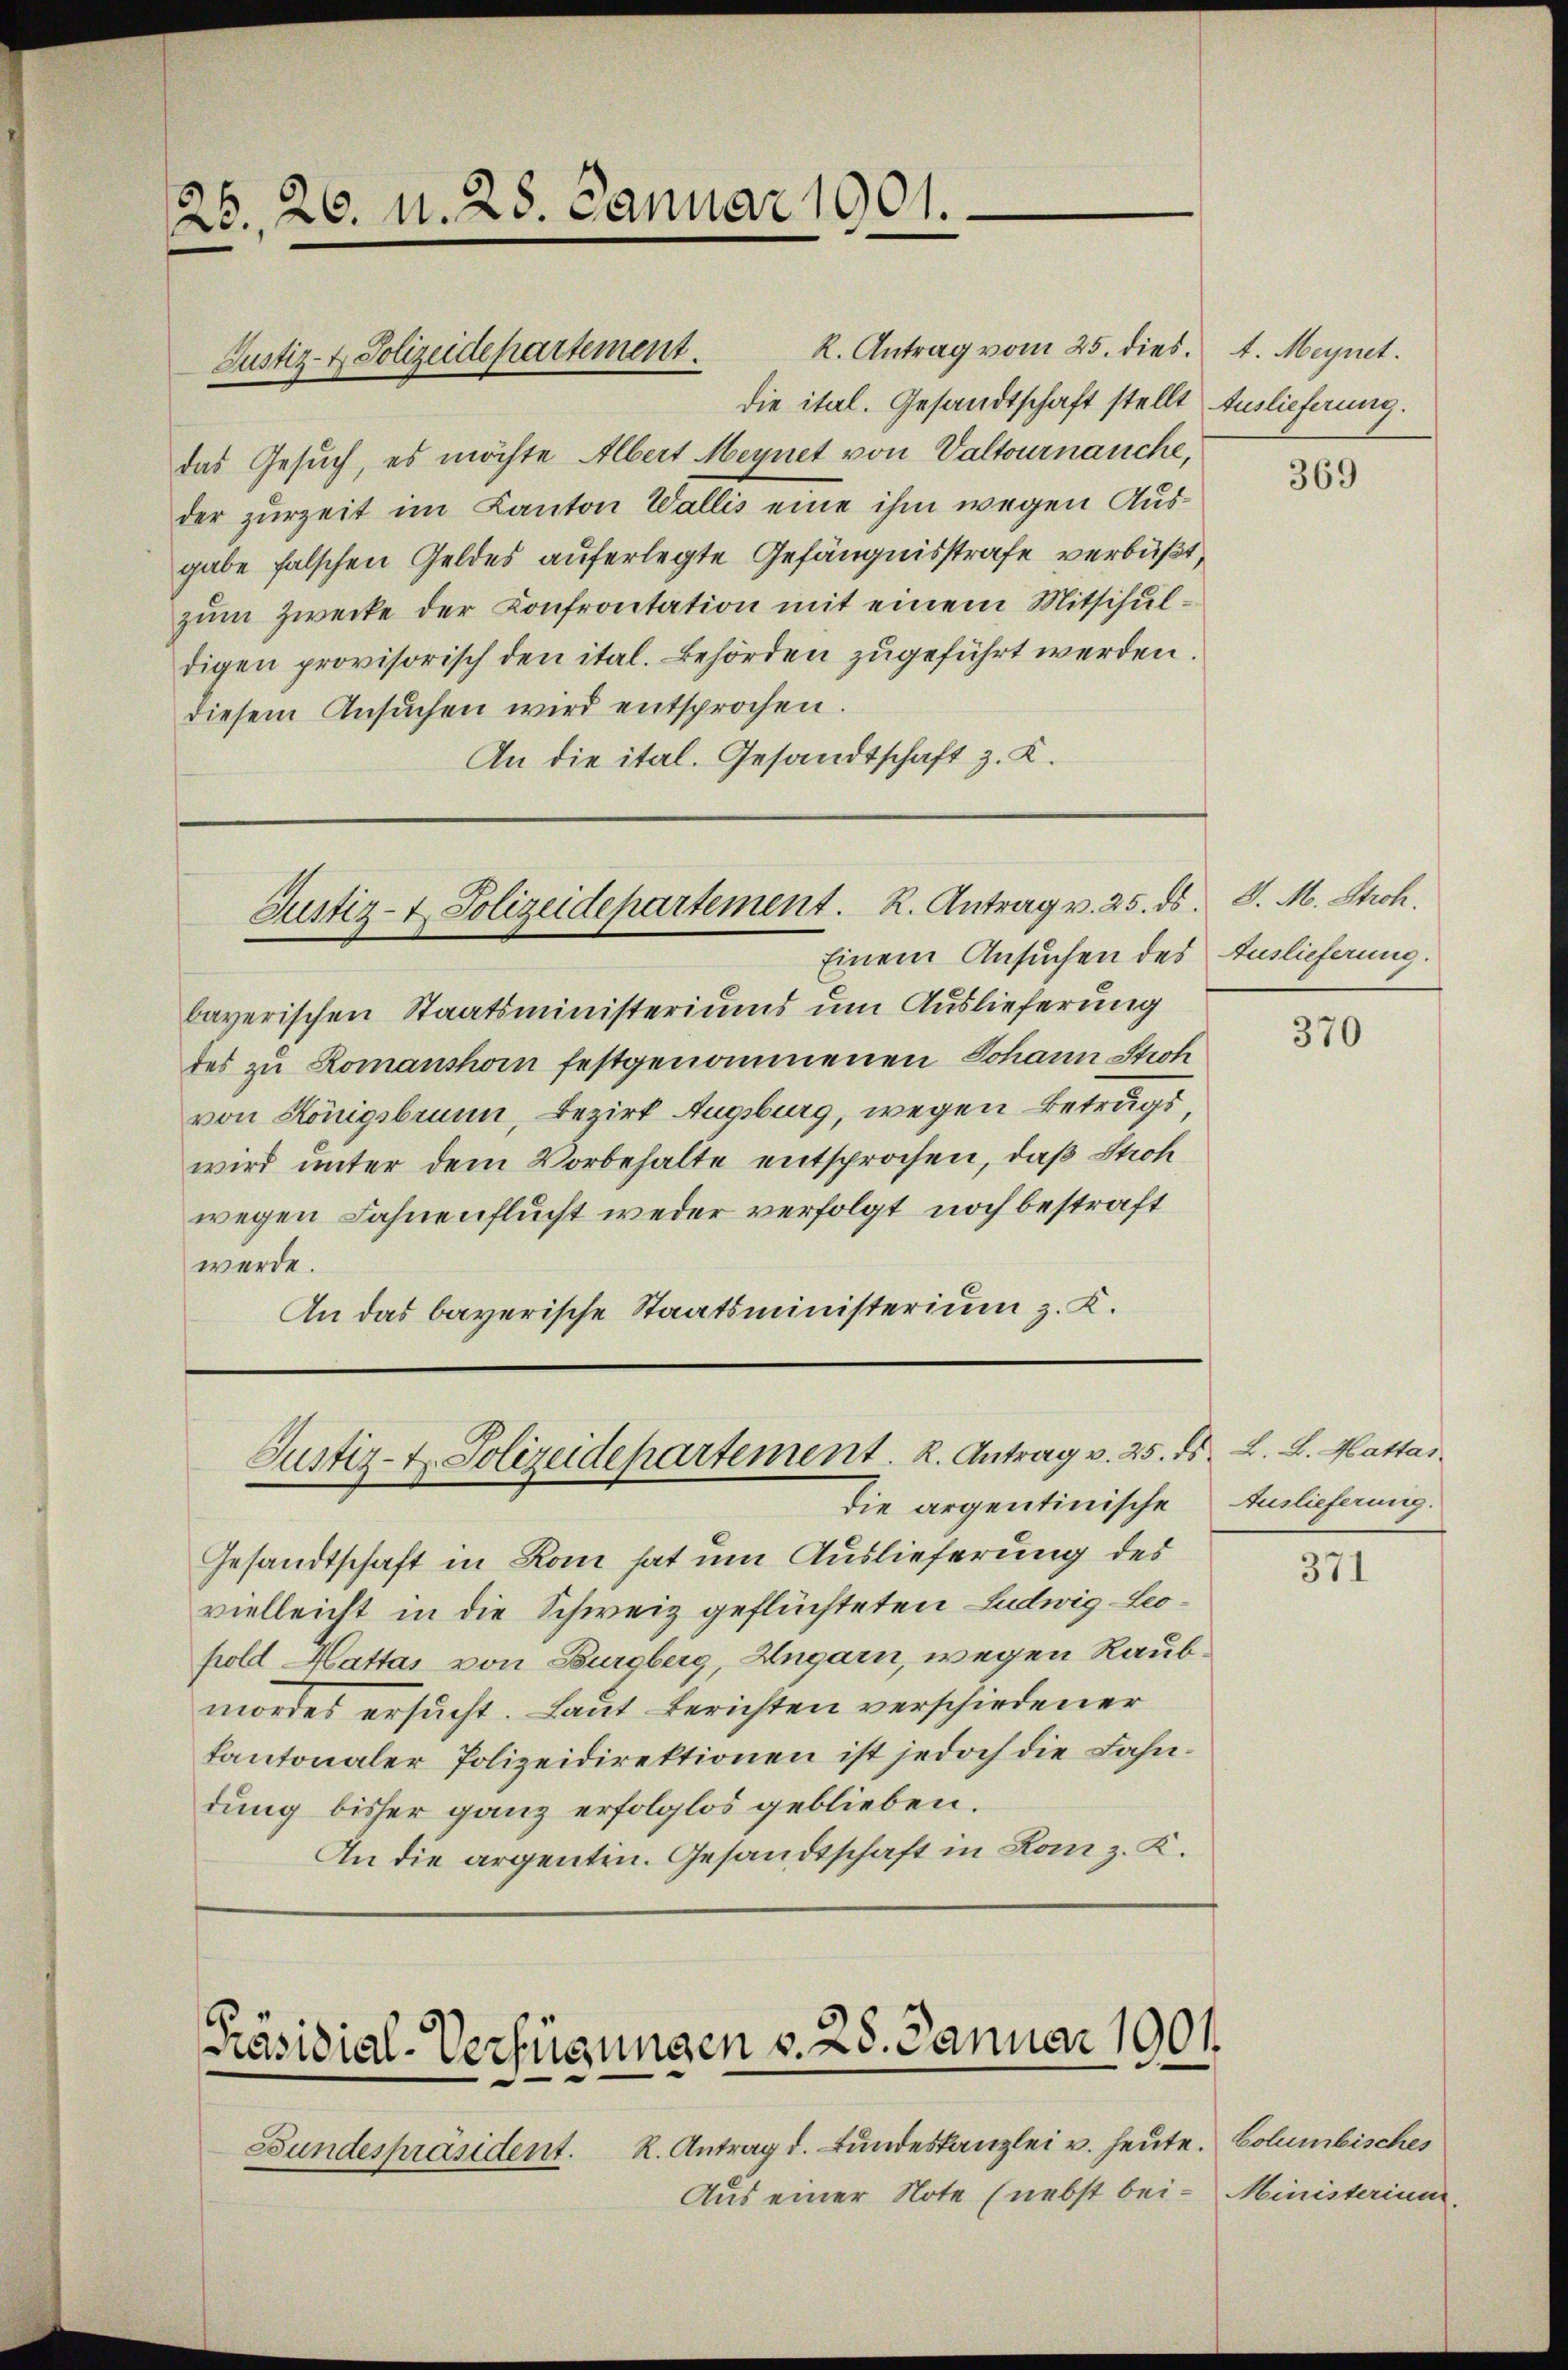
26., 26. N. 28. Januar 1901.

R. Antrag vom 25. dies
die ital. Gesandtschaft stellt Auslieferung.
das Gesuch, es möchte Albert Meynet von Valtournauche,
der zurzeit im Kanton Wallis eine ihm wegen Ausgabe falschen Geldes auferlegte Gefängnisstrafe verbüßt,
zum Zwecke der Confrontation mit einem Mitschuldigen provisorisch den ital. Behörden zugeführt werden.
diesem Ansŭchen wird entsprochen.
An die ital. Gesandtschaft z. K.

Justiz- & Polizeidepartement.

Einem Ansuchen des Auslieferung.
bayerischen Staatsministeriums um Auslieferung
des zu Romanshorn festgenommenen Johann Stroh
von Königsbrunn, Bezirk Augsburg, wegen Betragswird unter dem Vorbehalte entsprochen, daß Stroh
wegen Fahnenflucht weder verfolgt noch bestraft
werde.
An das bayerische Staatsministerium z. K.

Justiz- & Polizeidepartement. R. Antrag v. 25. ds.

Justiz- u. Polizeidepartement. R. Antrag v. 25. ds. L. L. Hattas
die argentinische Auslieferung.

Gesandtschaft in Rom hat um Auslieferung des
vielleicht in die Schweiz geflüchteten Ludwig Leopold Mattas von Burgberg, Angarn, wegen Raubmordes ersucht. Laut Berichten verschiedener
kantonaler Polizeidirektionen ist jedoch die Fahndung bisher ganz erfolglos geblieben.
An die argentin. Gesandtschaft in Kanz. K.

Präsidial-Verfügungen v. 28. Januar 1901.

Bundespräsident. R. Antrag d. Bundeskanzlei u. heute. Columbisches
Aus einer Note (nebst bei- Ministerium

t. Meynet.

369

J. M. Stich.

370

371